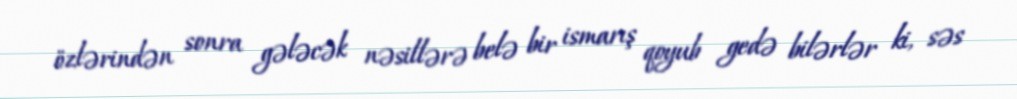
özlərindən sonra gələcək nəsillərə belə bir ismarış qoyub gedə bilərlər ki, səs